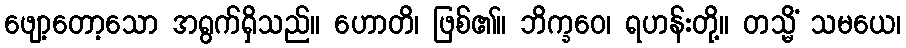
ဖျော့တော့သော အရွက်ရှိသည်။ ဟောတိ၊ ဖြစ်၏။ ဘိက္ခဝေ၊ ရဟန်းတို့။ တသ္မိံ သမယေ၊